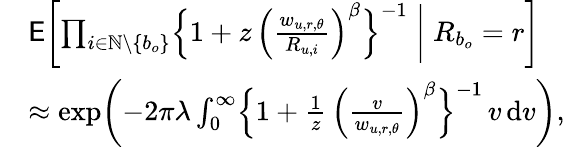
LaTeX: \begin{array}{rl}&{\mathsf{E}\biggl[\prod_{i\in\mathbb{N}\setminus\{ b_{o}\} }\Bigl\{ 1+z\, \Bigl(\frac{w_{u,r,\theta}}{R_{u,i}}\Bigr)^{\beta}\Bigr\} ^{-1}\biggm|R_{b_{o}}=r\biggr]}\\ &{\approx\exp\biggl(-2\pi\lambda\int_{0}^{\infty}\Bigl\{ 1+\frac{1}{z}\, \Bigl(\frac{v}{w_{u,r,\theta}}\Bigr)^{\beta}\Bigr\} ^{-1}\, v\, \mathrm{d}v\biggr),}\end{array}